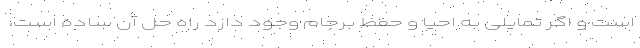
است و اگر تمایلی به احیا و حفظ برجام وجود دارد راه حل آن ساده است،